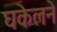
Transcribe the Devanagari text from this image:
घकेलने